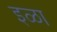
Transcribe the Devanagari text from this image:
इळा